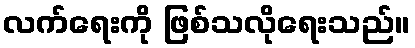
လက်ရေးကို ဖြစ်သလိုရေးသည်။